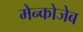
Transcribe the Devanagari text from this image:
मेन्कोजेब